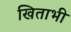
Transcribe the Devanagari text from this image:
खिताभी